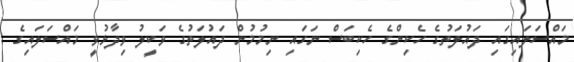
މައްސަލައިގައި ދައުލަތުގެ ހެކިންގެ ހެކިބަސް ނަގައި ނިމުމުން ދައުލަތުގެ ވަކީލު ވިދާޅުވީ މައްސަލައިގެ